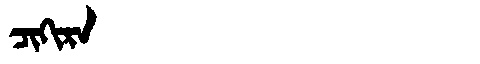
Manchu: ᠴᡳᡴᡳᡵᠠ
Romanization: CIKIRA